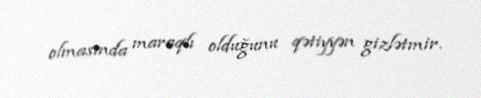
olmasında maraqlı olduğunu qətiyyən gizlətmir.